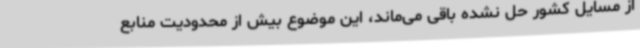
از مسایل کشور حل نشده باقی می‌ماند، این موضوع بیش از محدودیت منابع